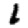
Digit: 1